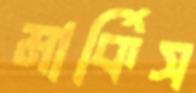
মার্কিস